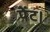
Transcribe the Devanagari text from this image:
पेंट।